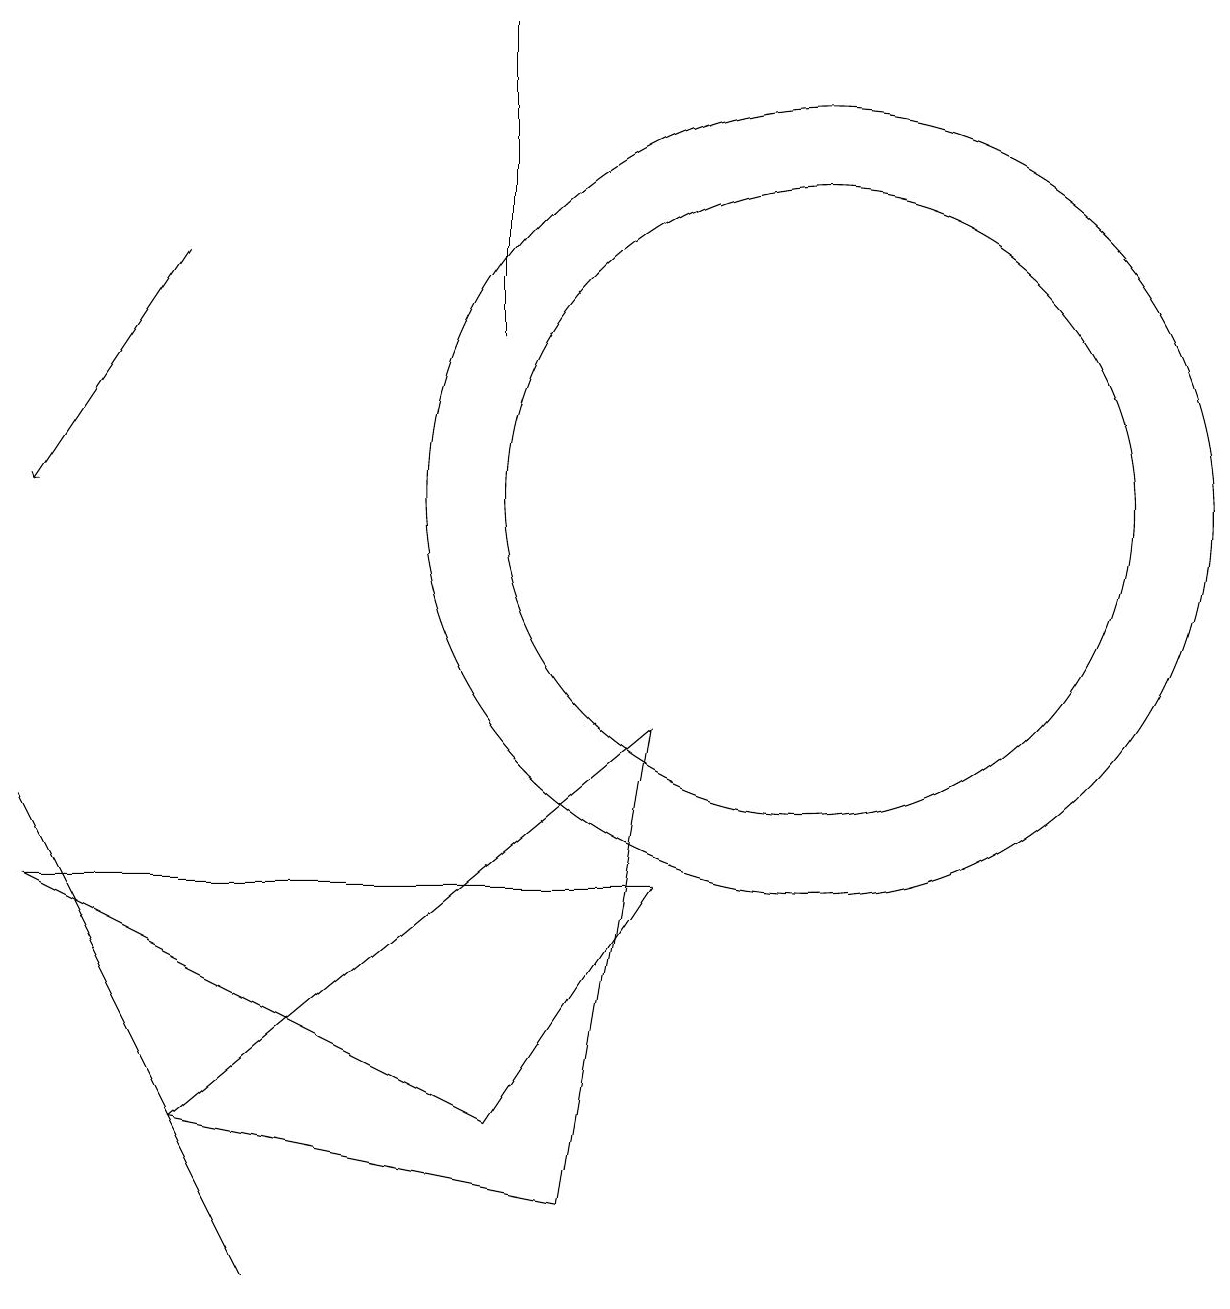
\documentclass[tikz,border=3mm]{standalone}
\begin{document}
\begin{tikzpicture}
\draw (1,7) -- (4,1) -- (3,3) -- cycle;
\draw (7,3) -- (1,6) -- (9,6) -- cycle;
\draw (9,8) -- (8,2) -- (3,3) -- cycle;
\draw (11,11) circle (5);
\draw (7,17) rectangle (7,13);
\draw (11,11) circle (4);
\draw[->] (3,14) -- (1,11);
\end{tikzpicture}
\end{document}